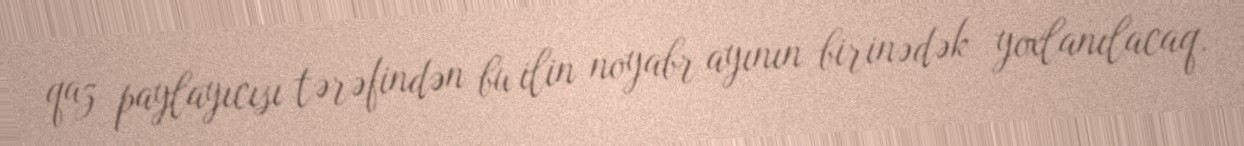
qaz paylayıcısı tərəfindən bu ilin noyabr ayının birinədək yoxlanılacaq.